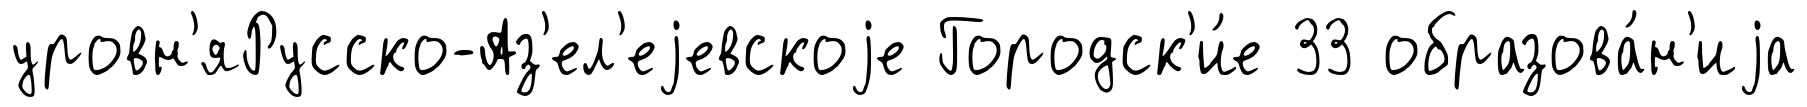
уровн'яРусско-Аз'ел'еjевскоjе Городск'и́е 33 образова́н'иjа